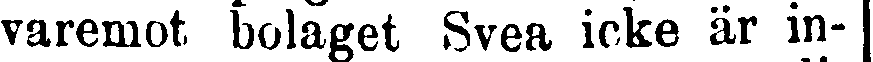
hvaremot bolaget Svea icke är in-